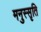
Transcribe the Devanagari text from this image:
मनुस्सृति